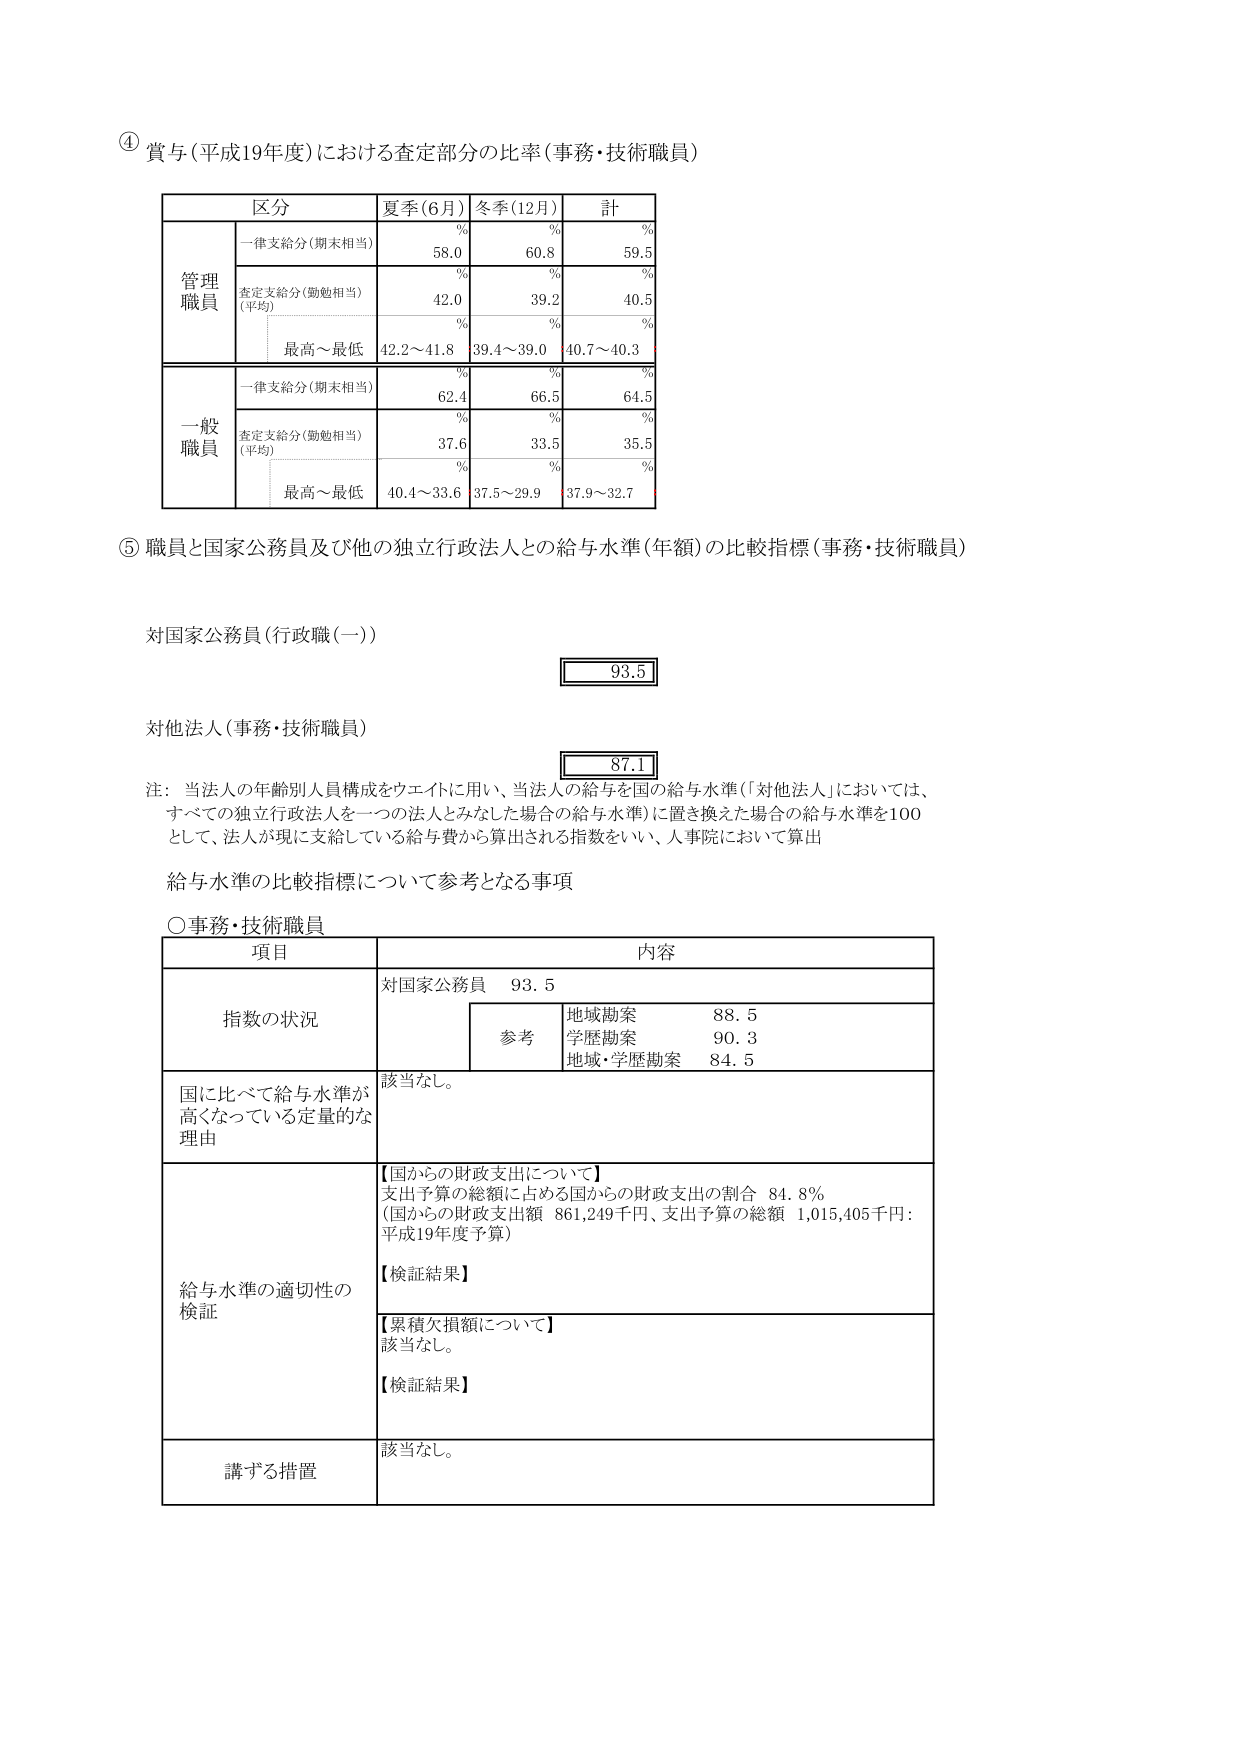
④ 賞与（平成19年度）における査定部分の比率（事務・技術職員）

区分　　　　　　夏季（6月）　冬季（12月）　計
　　　　　　　　％　　　　　％　　　　　％
管理職員　　　一律支給分（期末相当）　58.0　　60.8　　59.5
　　　　　　　査定支給分（勤勉相当）　42.0　　39.2　　40.5
　　　　　　　（平均）　　　　　　　　％　　　％　　　％
　　　　　　　最高～最低　　　　　　42.2～41.8　39.4～39.0　40.7～40.3

一般職員　　　一律支給分（期末相当）　62.4　　66.5　　64.5
　　　　　　　査定支給分（勤勉相当）　37.6　　33.5　　35.5
　　　　　　　（平均）　　　　　　　　％　　　％　　　％
　　　　　　　最高～最低　　　　　　40.4～33.6　37.5～29.9　37.9～32.7

⑤ 職員と国家公務員及び他の独立行政法人との給与水準（年額）の比較指標（事務・技術職員）

対国家公務員（行政職（一））
　　　　　　　　　　　　　　　　　　　　93.5

対他法人（事務・技術職員）
　　　　　　　　　　　　　　　　　　　　87.1

注：当法人の年齢別人員構成をウェイトに用い、当法人の給与を国の給与水準（「対他法人」においては、
　すべての独立行政法人を一つの法人とみなした場合の給与水準）に置き換えた場合の給与水準を100
　として、法人が現に支給している給与費から算出される指数をいい、人事院において算出

給与水準の比較指標について参考となる事項

○事務・技術職員

項目　　　　　　　　　　　　　　　内容
　　　　　　　　　　　　　　　　対国家公務員　93.5
指数の状況　　　　　　　　　　　参考　　　　　地域勘案　88.5
　　　　　　　　　　　　　　　　　　　　　　　学歴勘案　90.3
　　　　　　　　　　　　　　　　　　　　　　　地域・学歴勘案　84.5

国に比べて給与水準が　　　　　　該当なし。
高くなっている定量的な
理由

給与水準の適切性の　　　　　　【国からの財政支出について】
検証　　　　　　　　　　　　　支出予算の総額に占める国からの財政支出の割合　84.8％
　　　　　　　　　　　　　　　（国からの財政支出額　861,249千円、支出予算の総額　1,015,405千円：
　　　　　　　　　　　　　　　平成19年度予算）
　　　　　　　　　　　　　　　【検証結果】
　　　　　　　　　　　　　　　【累積欠損額について】
　　　　　　　　　　　　　　　該当なし。
　　　　　　　　　　　　　　　【検証結果】

講ずる措置　　　　　　　　　　該当なし。